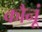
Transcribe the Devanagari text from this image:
कौनूं